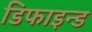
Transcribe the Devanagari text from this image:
डिफाइन्ड